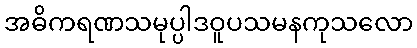
အဓိကရဏသမုပ္ပါဒဝူပသမနကုသလော